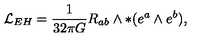
{ \cal L } _ { E H } = \frac { 1 } { 3 2 \pi G } R _ { a b } \wedge \ast ( e ^ { a } \wedge e ^ { b } ) ,